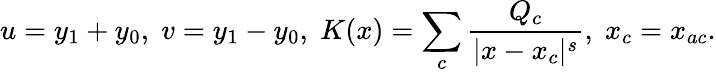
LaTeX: u=y_{1}+y_{0},\; v=y_{1}-y_{0},\; K(x)=\sum_{c}\frac{Q_{c}}{|x-x_{c}|^{s}},\; x_{c}=x_{ac}.